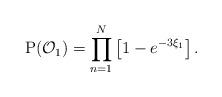
LaTeX: \begin{align*} \mathrm{P}(\mathcal{O}_{1}) = \prod_{n=1}^{N}\left[1-e^{-3\xi_1 }\right] .\end{align*}